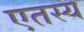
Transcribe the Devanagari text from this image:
एतस्य